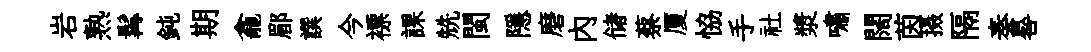
岩熟髯鈍期龕郿譔今褾課兟閩隱磨內储蔡厦恊手社漿嘯闊茵摄隔奏晷